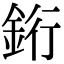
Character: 𬫑